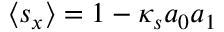
\left\langle s _ { x } \right\rangle = 1 - \kappa _ { s } a _ { 0 } a _ { 1 }